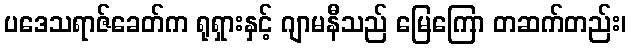
ပဒေသရာဇ်ခေတ်က ရုရှားနှင့် ဂျာမနီသည် မြေကြော တဆက်တည်း၊